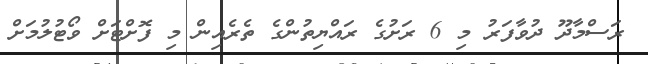
ރަސްމާދޫ ދުވާފަރު މި 6 ރަށުގެ ރައްޔިތުންގެ ތެރެއިން މި ފޮށްޓަށް ވޯޓުލުމަށް